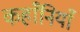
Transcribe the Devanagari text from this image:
कहाँनियाँ